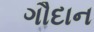
ગૌદાન